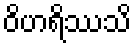
ဝိဟရိဿသိ